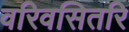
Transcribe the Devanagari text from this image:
वरिवसितरि